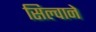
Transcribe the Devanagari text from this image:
सिल्वाने